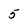
Character: 5